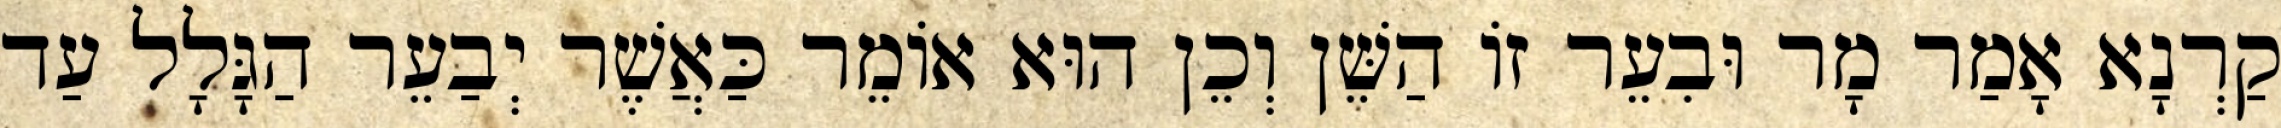
קַרְנָא אָמַר מָר וּבִעֵר זוֹ הַשֵּׁן וְכֵן הוּא אוֹמֵר כַּאֲשֶׁר יְבַעֵר הַגָּלָל עַד